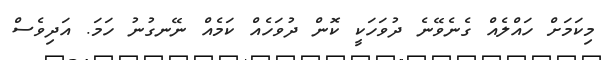
މިކަމަށް ހައްލެއް ގެނެވޭނެ ދުވަހަކީ ކޮން ދުވަހެއް ކަމެއް ނޭނގުނު ހަމަ. އަަދިވެސް